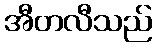
အီတလီသည်